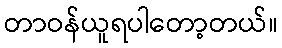
တာဝန်ယူရပါတော့တယ်။